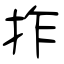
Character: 拃